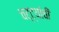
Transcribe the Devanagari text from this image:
चट्ट्यांची